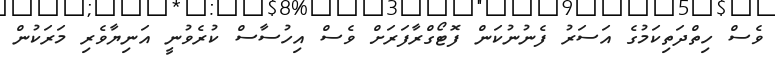
ވެސް ހިތްދަތިކަމުގެ އަސަރު ފެނުނުކަން ފޮޓޯގްރާފަރަށް ވެސް އިހުސާސް ކުރެވުނީ އަނިޔާވެރި މަރަކުން